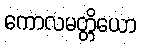
ကောလမတ္တိယော